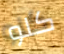
كلو